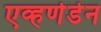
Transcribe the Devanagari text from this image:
एव्हर्णडेन